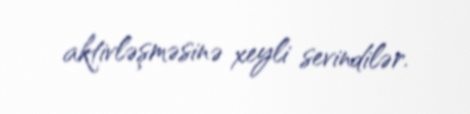
aktivləşməsinə xeyli sevindilər.